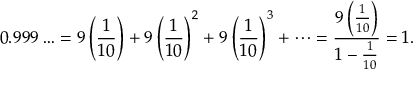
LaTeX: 0 . 9 9 9 \ldots = 9 \left( { \frac { 1 } { 1 0 } } \right) + 9 \left( { \frac { 1 } { 1 0 } } \right) ^ { 2 } + 9 \left( { \frac { 1 } { 1 0 } } \right) ^ { 3 } + \cdots = { \frac { 9 \left( { \frac { 1 } { 1 0 } } \right) } { 1 - { \frac { 1 } { 1 0 } } } } = 1 .